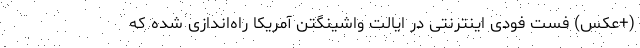
(+عکس) فست فودی اینترنتی در ایالت واشینگتن آمریکا راه‌اندازی شده که